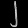
Digit: ၂